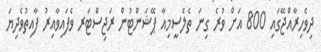
ދިވެހިރާއްޖޭގައި 800 އަށް ވުރެ ގިނަ ތެލެސީމިއާ ޕޭޝަންޓުން ރަޖިސްޓަރ ވެފައިވާއިރު ފާއިތުވެދިޔަ